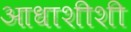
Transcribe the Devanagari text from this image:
आधाशीशी